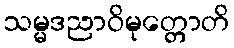
သမ္မဒညာဝိမုတ္တောတိ